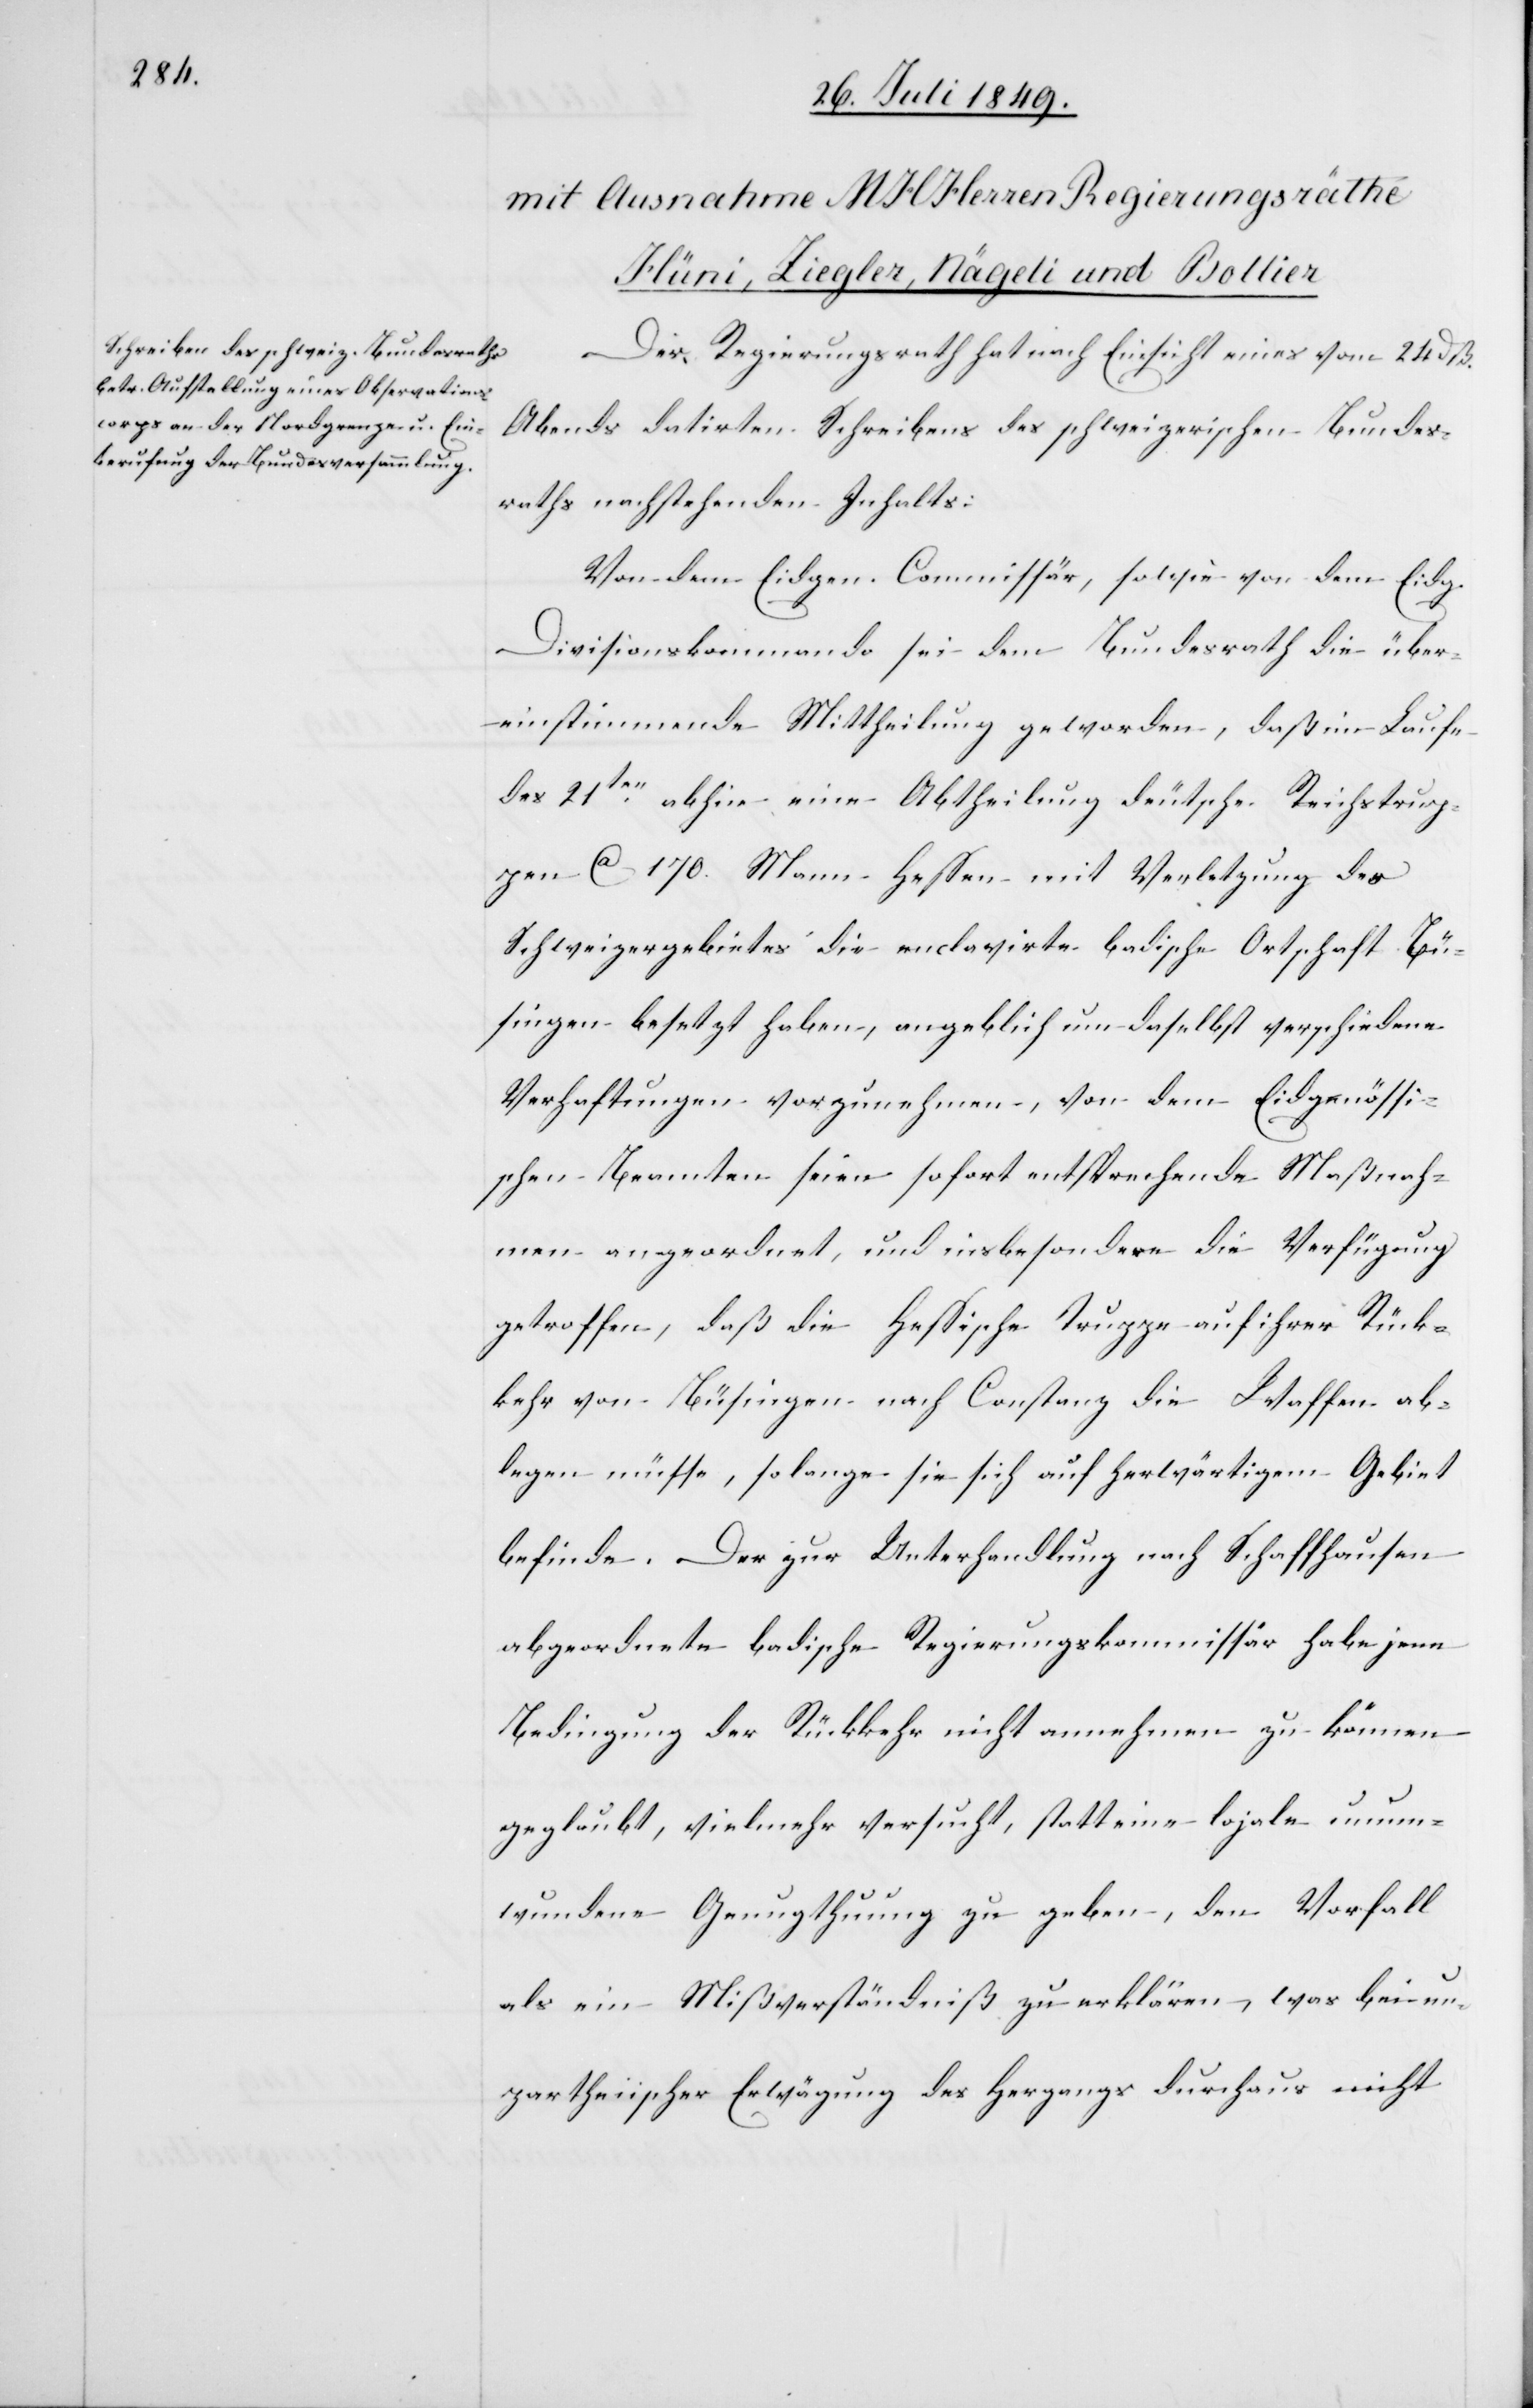
Der Regierungsrath hat nach Einsicht eines vom 24 dß.
Abends datirten Schreibens des schweizerischen Bundes¬
raths nachstehenden Inhalts:
Von dem Eidgen. Commissär, sowie von dem Eidg.
Divisonskommando sei dem Bundesrath die über¬
einstimmende Mittheilung geworden, daß im Laufe
des 21ten abhin eine Abtheilung deutsche Reichstrup¬
pen ca 170. Mann Hessen mit Verletzung des
Schweizergebietes die enclavirte badische Ortschaft Bü¬
singen besetzt haben, angeblich um daselbst verschiedene
Verhaftungen vorzunehmen, von dem Eidgenössi¬
schen Beamten seien sofort entsprechende Maßnah¬
men angeordnet, und insbesondere die Verfügung
getroffen, daß die Hessische Truppe auf ihrer Rück¬
kehr von Büsingen nach Constanz die Waffen ab¬
legen müsse, so lange sie sich auf herwärtigem Gebiet
befinde. Der zur Unterhandlung nach Schaffhausen
abgeordnete badische Regierungskommissär habe jene
Bedingung der Rückkehr nicht annehmen zu können
geglaubt, vielmehr versucht, statt eine lojale unum¬
wundene Genugthuung zu geben, den Vorfall
als ein Mißverständniß zu erklären, was bei un¬
partheiischer Erwägung des Hergangs durchaus nicht